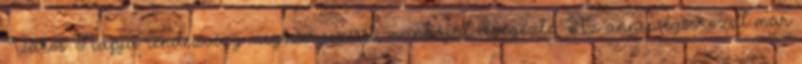
Város Napja rendezvény megszervezését, munkáját elvégezte. Az ünnepségsorozat már